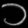
Digit: ၁